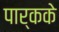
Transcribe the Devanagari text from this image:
पार्कके